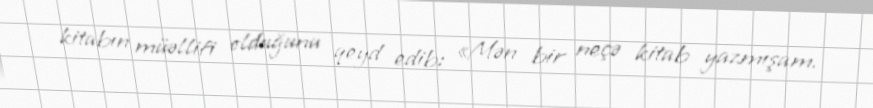
kitabın müəllifi olduğunu qeyd edib: «Mən bir neçə kitab yazmışam.